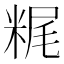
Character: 䊊